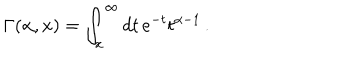
\Gamma ( \alpha , x ) = \int _ { x } ^ { \infty } d t \, e ^ { - t } t ^ { \alpha - 1 } \, .